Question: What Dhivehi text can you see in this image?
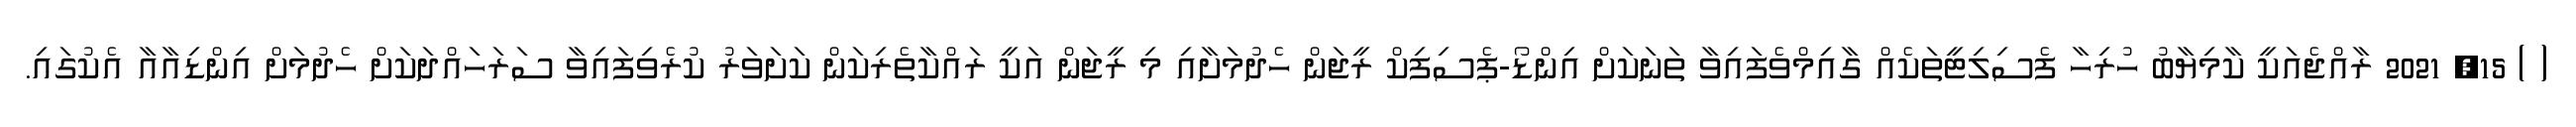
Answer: ( ) 15, 2021 ރާއްޖެއަކީ ކާމިޔާބު ހުރިހާ ފެސިލިޓީތަކެއް ގާއިމްވެފައިވާ ތަނަކަށް އިންޑޯ-ޕެސިފިކް ރީޖަން ހެދުމަށާއި މި ރީޖަން އަކީ ރައްކާތެރިކަން ކަށަވަރު ކުރެވިފައިވާ ސަރަހައްދަކަށް ހެދުމަށް އިންޑިއާއާ އެކުގައި.